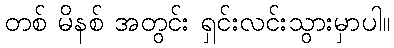
တစ် မိနစ် အတွင်း ရှင်းလင်းသွားမှာပါ။